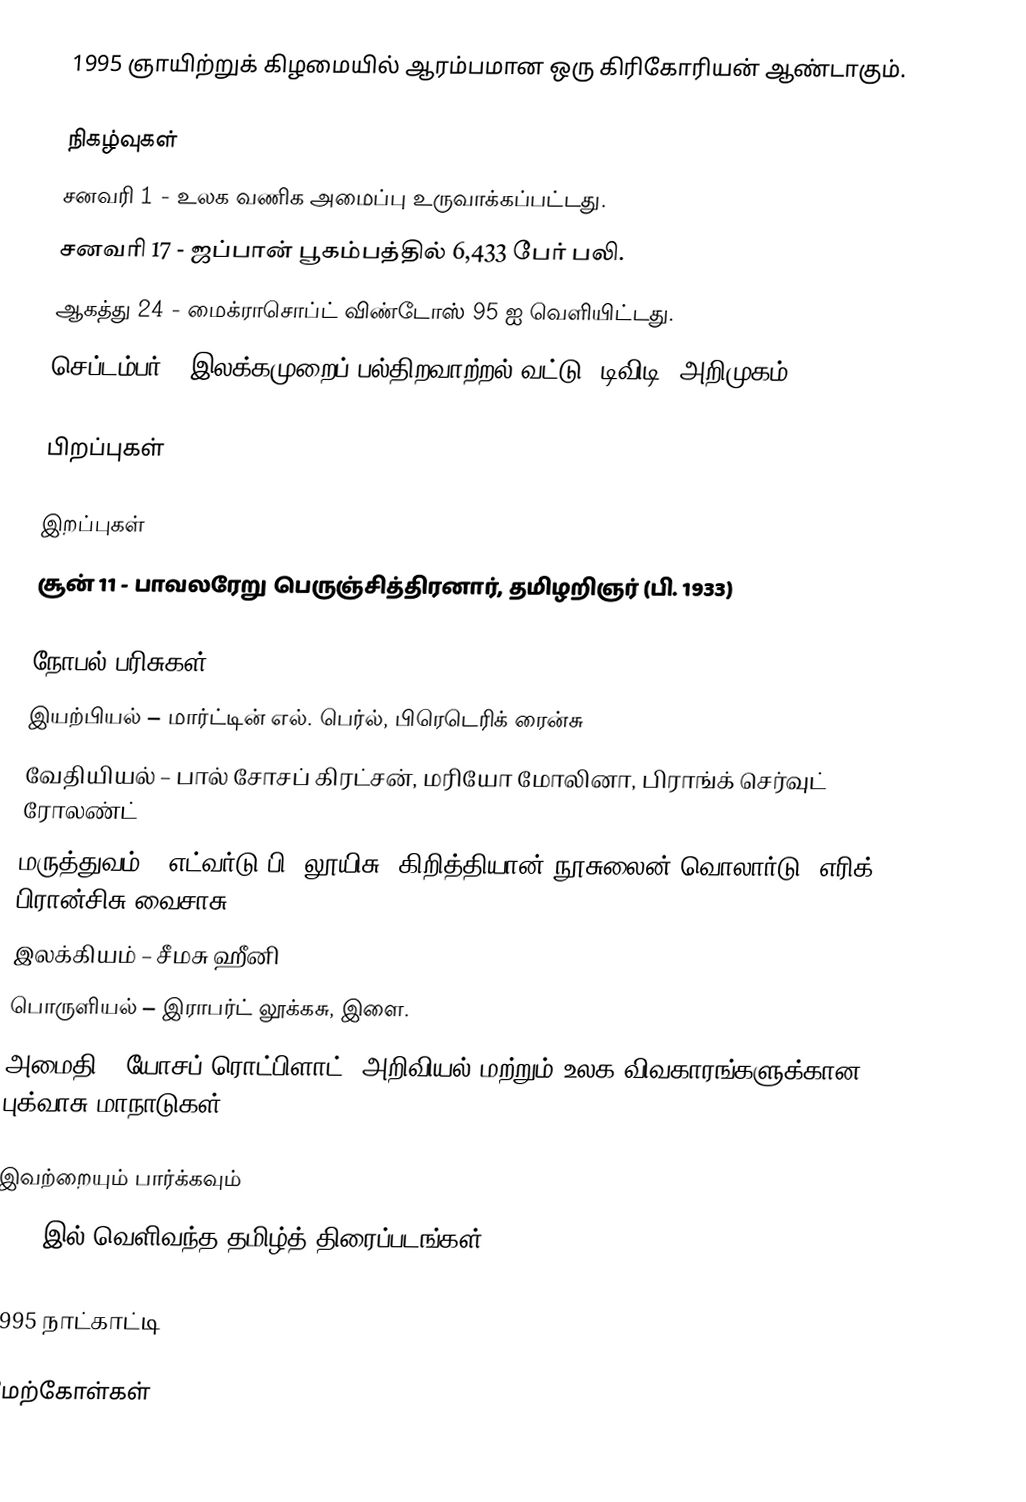
1995 ஞாயிற்றுக் கிழமையில் ஆரம்பமான ஒரு கிரிகோரியன் ஆண்டாகும்.

நிகழ்வுகள்
 சனவரி 1 - உலக வணிக அமைப்பு உருவாக்கப்பட்டது.
 சனவரி 17 - ஜப்பான் பூகம்பத்தில் 6,433 பேர் பலி.
 ஆகத்து 24 - மைக்ராசொப்ட் விண்டோஸ் 95 ஐ வெளியிட்டது.
 செப்டம்பர் - இலக்கமுறைப் பல்திறவாற்றல் வட்டு (டிவிடி) அறிமுகம்.

பிறப்புகள்

இறப்புகள்
 சூன் 11 - பாவலரேறு பெருஞ்சித்திரனார், தமிழறிஞர் (பி. 1933)

நோபல் பரிசுகள்
 இயற்பியல் – மார்ட்டின் எல். பெர்ல், பிரெடெரிக் ரைன்சு
 வேதியியல் – பால் சோசப் கிரட்சன், மரியோ மோலினா, பிராங்க் செர்வுட் ரோலண்ட்
 மருத்துவம் – எட்வர்டு பி. லூயிசு, கிறித்தியான் நூசுலைன்-வொலார்டு, எரிக் பிரான்சிசு வைசாசு
 இலக்கியம் – சீமசு ஹீனி
 பொருளியல் – இராபர்ட் லூக்கசு, இளை.
 அமைதி – யோசப் ரொட்பிளாட், அறிவியல் மற்றும் உலக விவகாரங்களுக்கான புக்வாசு மாநாடுகள்

இவற்றையும் பார்க்கவும்
 1995 இல் வெளிவந்த தமிழ்த் திரைப்படங்கள்

1995 நாட்காட்டி

மேற்கோள்கள்